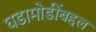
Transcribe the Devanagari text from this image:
घडामोडींबद्दल